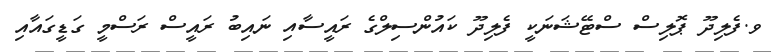
ވ.ފެލިދޫ ޕޮލިސް ސްޓޭޝަނަކީ ފެލިދޫ ކައުންސިލްގެ ރައީސާއި ނައިބު ރައީސް ރަސްމީ ގަޑީގައާއި